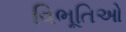
વિભૂતિઓ